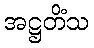
အဋ္ဌတိံသ